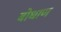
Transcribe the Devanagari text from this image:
बोधाण